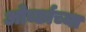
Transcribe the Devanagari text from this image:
ओर्च्छाच्या